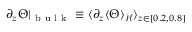
\partial _ { z } \Theta \vert _ { \mathrm { ~ b ~ u ~ l ~ k ~ } } \equiv \langle \partial _ { z } \langle \Theta \rangle _ { \mathcal { H } } \rangle _ { z \in [ 0 . 2 , 0 . 8 ] }